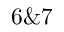
6 \& 7